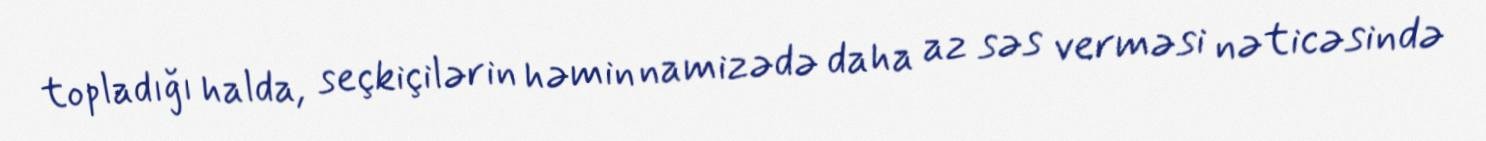
topladığı halda, seçkiçilərin həmin namizədə daha az səs verməsi nəticəsində